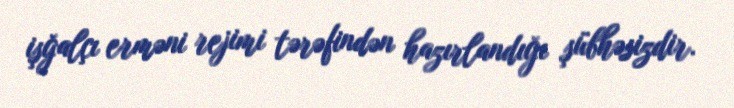
işğalçı erməni rejimi tərəfindən hazırlandığı şübhəsizdir.